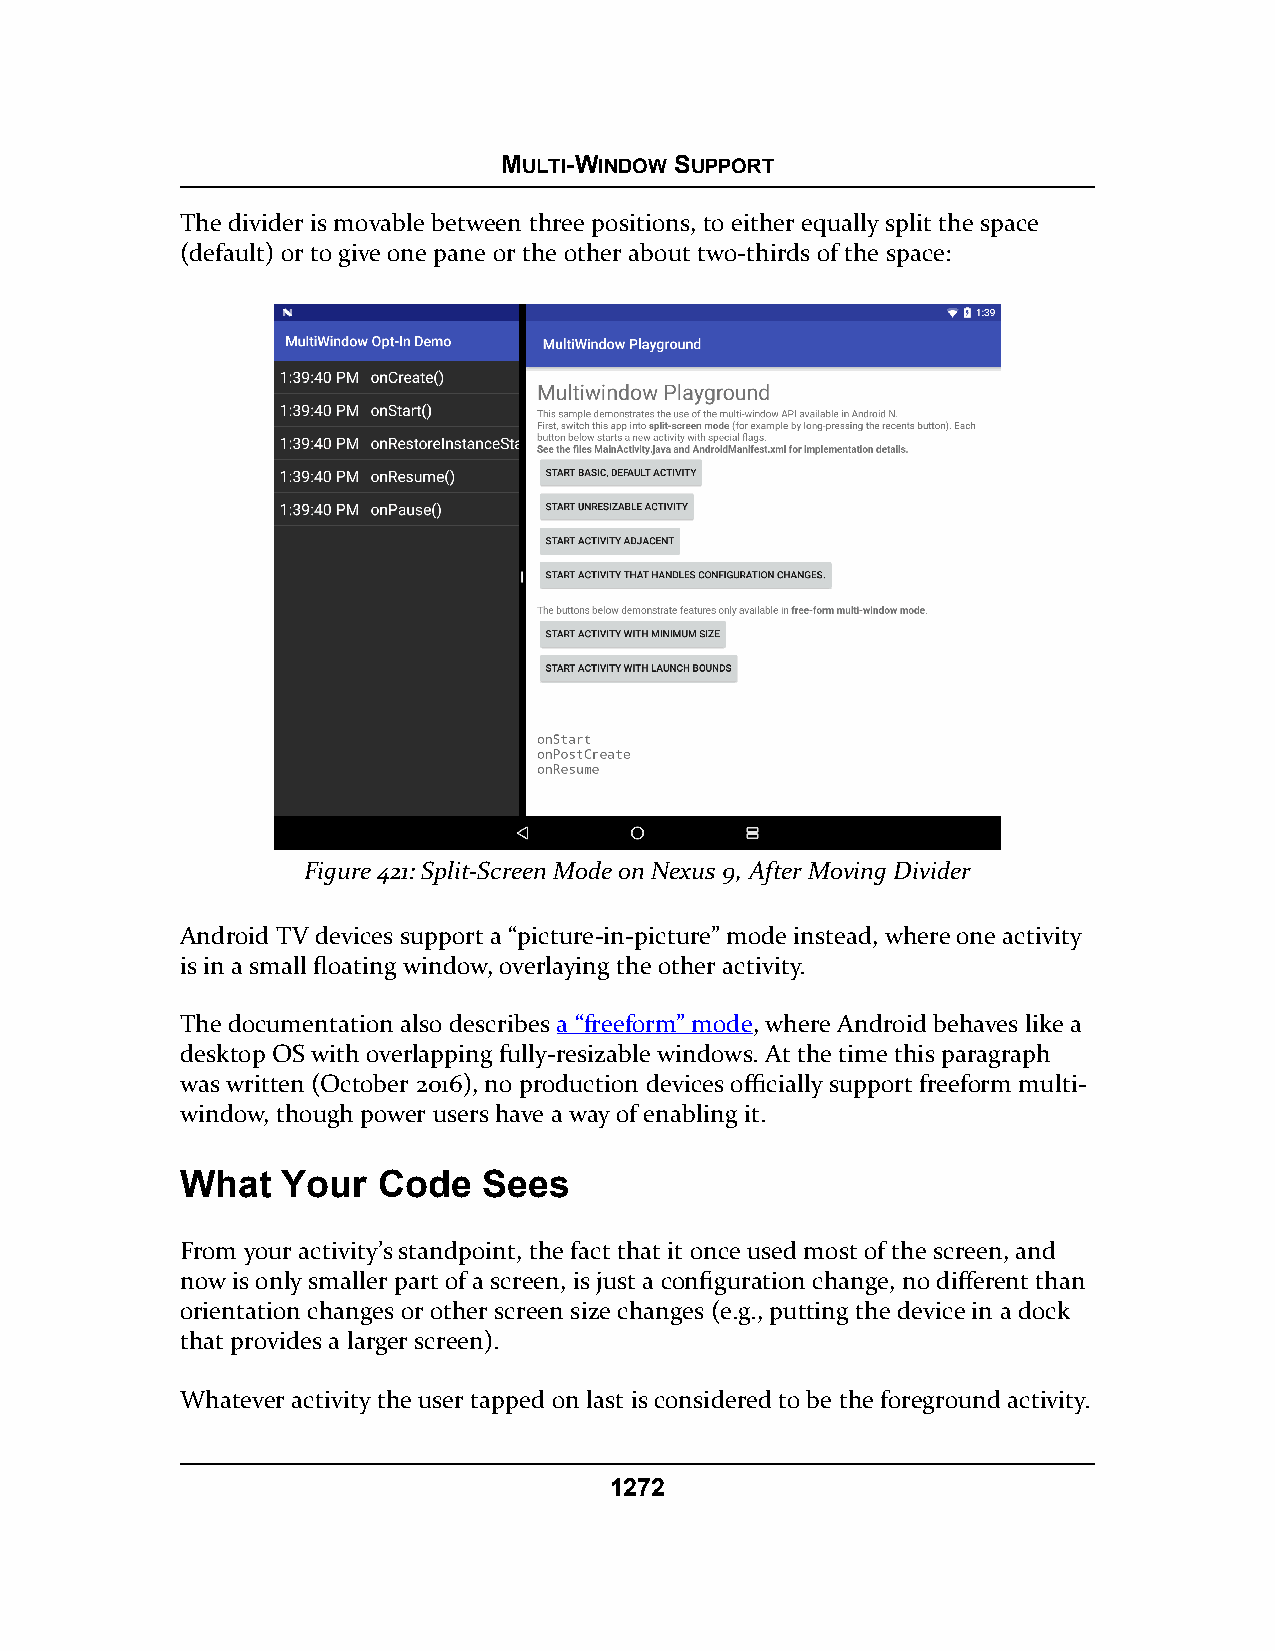
MULTI-WINDOW SUPPORT
 The divider is movable between three positions, to either equally split the space
 (default) or to give one pane or the other about two-thirds of the space:
 Figure 421: Split-Screen Mode on Nexus 9, After Moving Divider
 Android TV devices support a “picture-in-picture” mode instead, where one activity
 is in a small floating window, overlaying the other activity.
 The documentation also describes a “freeform” mode, where Android behaves like a
 desktop OS with overlapping fully-resizable windows. At the time this paragraph
 was written (October 2016), no production devices officially support freeform multi-
 window, though power users have a way of enabling it.
 What   Your  Code   Sees
 From your activity’s standpoint, the fact that it once used most of the screen, and
 now is only smaller part of a screen, is just a configuration change, no different than
 orientation changes or other screen size changes (e.g., putting the device in a dock
 that provides a larger screen).
 Whatever activity the user tapped on last is considered to be the foreground activity.
 1272